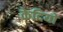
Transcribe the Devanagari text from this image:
केदियो